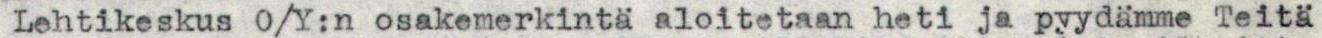
Lehtikeskus O/Y:n osakemerkintä aloitetaan heti ja pyydämme Teitä